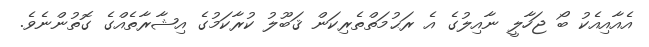
އެއާއިއެކު ބޯ ޖަހާލީ ނާއިލުގެ އެ ރަޙުމަތްތެރިކަން ޤަބޫލު ކުރާކަމުގެ އިޝާރާތެއްގެ ގޮތުންނެވެ.